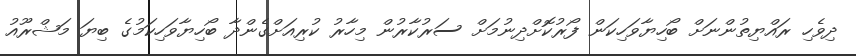
ދިވެހި ރައްޔިތުންނަށް ބޯހިޔާވަހިކަން ފޯރުކޮށްދިނުމަށް ސަރުކާރުން މިހާރު ކުރިއަށްގެންދާ ބޯހިޔާވަހިކަމުގެ ބިޔަ މަޝްރޫއު